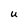
Character: U